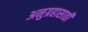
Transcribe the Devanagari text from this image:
अनुग्रहासाठी